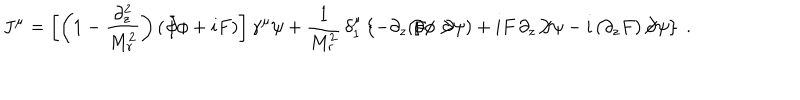
J ^ { \mu } = \left[ \left( 1 - \frac { \partial _ { z } ^ { 2 } } { M _ { r } ^ { 2 } } \right) \left( \not \! \partial \phi + i F \right) \right] \gamma ^ { \mu } \psi + \frac { 1 } { M _ { r } ^ { 2 } } \, \delta _ { 1 } ^ { \mu } \left\{ - \partial _ { z } ( \! \not \! \partial \phi \not \! \partial \psi ) + i F \, \partial _ { z } \! \not \! \partial \psi - i \, ( \partial _ { z } F ) \! \not \! \partial \psi \right\} \; .